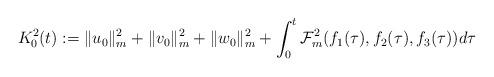
LaTeX: \begin{align*}K_{0}^{2}(t):=\|u_{0}\|_{m}^{2}+\|v_{0}\|_{m}^{2}+\|w_{0}\|_{m}^{2}+\int_{0}^{t}\mathcal{F}_{m}^{2}(f_{1}(\tau),f_{2}(\tau),f_{3}(\tau))d\tau\end{align*}